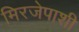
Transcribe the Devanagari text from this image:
मिरजेपाशी